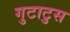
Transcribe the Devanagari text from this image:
गुटाटुस